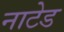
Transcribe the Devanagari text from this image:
नाटेड